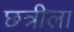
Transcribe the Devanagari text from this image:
छत्रीला